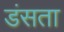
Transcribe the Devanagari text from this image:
डंसता